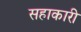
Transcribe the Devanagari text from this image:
सहाकारी